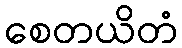
စေတယိတံ